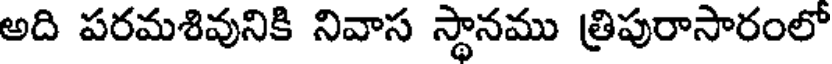
అది పరమశివునికి నివాస స్థానము త్రిపురాసారంలో